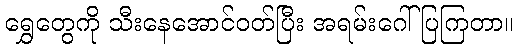
ရွှေတွေကို သီးနေအောင်ဝတ်ပြီး အရမ်းဂေါ်ပြကြတာ။